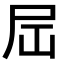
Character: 𪨉